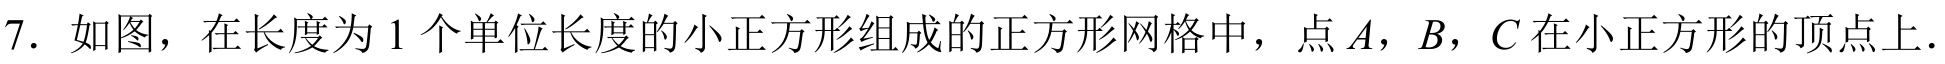
7. 如图，在长度为\(1\)个单位长度的小正方形组成的正方形网格中，点\(A\)，\(B\)，\(C\)在小正方形的顶点上．